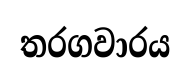
තරගවාරය